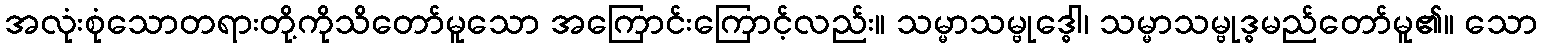
အလုံးစုံသောတရားတို့ကိုသိတော်မူသော အကြောင်းကြောင့်လည်း။ သမ္မာသမ္ဗုဒ္ဓေါ၊ သမ္မာသမ္ဗုဒ္ဓမည်တော်မူ၏။ သော